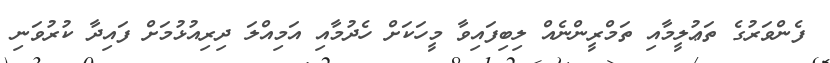
ފެންވަރުގެ ތަޢުލީމާއި ތަމްރީންނެއް ލިބިފައިވާ މީހަކަށް ހެދުމާއި އަމިއްލަ ދިރިއުޅުމަށް ފައިދާ ކުރުވަނި